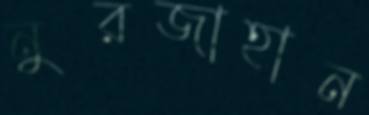
নুরজাহান